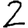
Digit: 2